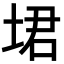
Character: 𪣣